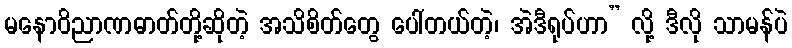
မနောဝိညာဏဓာတ်တို့ဆိုတဲ့ အသိစိတ်တွေ ပေါ်တယ်တဲ့၊ အဲဒီရုပ်ဟာ” လို့ ဒီလို သာမန်ပဲ